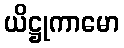
ယိဋ္ဌုကာမော